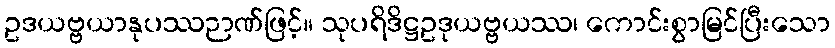
ဥဒယဗ္ဗယာနုပဿဉာဏ်ဖြင့်။ သုပရိဒိဋ္ဌဥဒုယဗ္ဗယဿ၊ ကောင်းစွာမြင်ပြီးသော